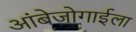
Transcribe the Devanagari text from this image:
आंबेजोगाईला